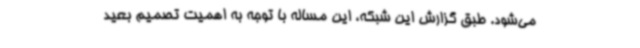
می‌شود. طبق گزارش این شبکه، این مساله با توجه به اهمیت تصمیم بعید